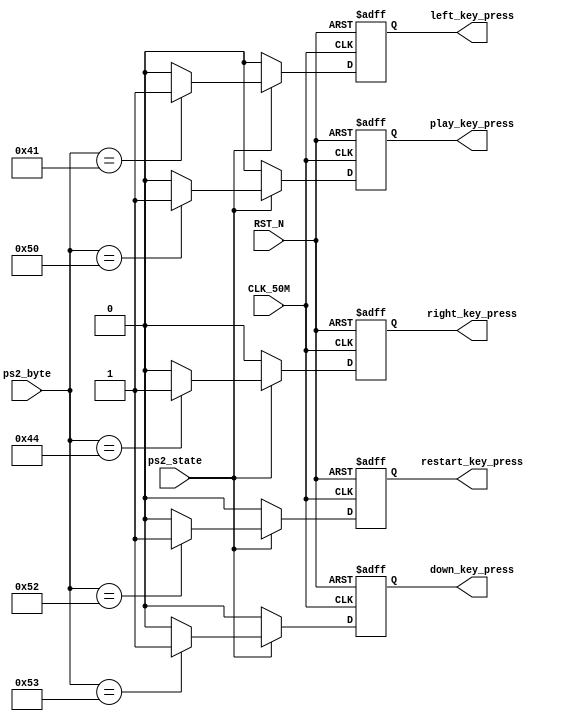
module Keyboard_Ctrl
(
	//base
	input CLK_50M,
	input RST_N,
	//data & state
	input [7:0] ps2_byte,
	input ps2_state,
	//    
	output reg left_key_press,
	output reg right_key_press,
	output reg down_key_press,
	output reg play_key_press,
	output reg restart_key_press
);

always@(posedge CLK_50M or negedge RST_N)
begin
	if(!RST_N)
		begin 
			left_key_press <= 0;
			right_key_press <= 0;
			down_key_press <= 0;
			play_key_press <= 0;
			restart_key_press <= 0;
		end
	else
		begin
			if(ps2_state)
				begin
					if(ps2_byte == "A")
						left_key_press <= 1;
					else 
						left_key_press <= 0;
			
					if(ps2_byte == "D") 
						right_key_press <= 1;
					else 
						right_key_press <= 0;
			
					if(ps2_byte == "S") 
						down_key_press <= 1;
					else 
						down_key_press <= 0;
			
					if(ps2_byte == "P") 
						play_key_press <= 1;
					else
						play_key_press <= 0;
						
					if(ps2_byte == "R")
						restart_key_press <= 1;
					else 
						restart_key_press <=0;
				end
			else
				begin
					left_key_press <= 0;
					right_key_press <= 0;
					down_key_press <= 0;
					play_key_press <= 0;
					restart_key_press <= 0;
				end
		end
end

endmodule